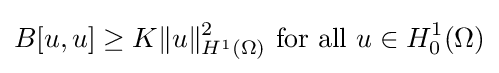
B[u,u]\geq K\|u\|_{H^{1}(\Omega )}^{2}{\mbox{ for all }}u\in H_{0}^{1}(\Omega )